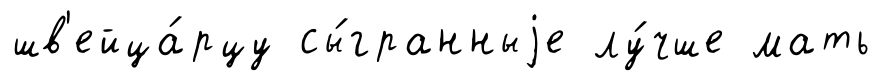
шв'ейца́рцу сы́гранныjе лу́чше мать